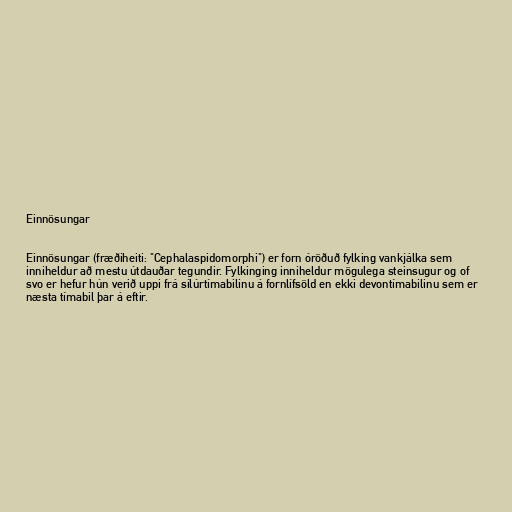
Einnösungar

Einnösungar (fræðiheiti: "Cephalaspidomorphi") er forn óröðuð fylking vankjálka sem
inniheldur að mestu útdauðar tegundir. Fylkinging inniheldur mögulega steinsugur og of
svo er hefur hún verið uppi frá sílúrtímabilinu á fornlífsöld en ekki devontímabilinu sem er
næsta tímabil þar á eftir.